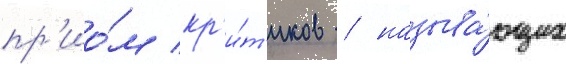
пр'ио́м кр'и́т'иков / называ́ющих